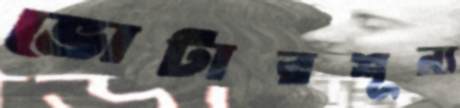
ভোটারশূন্য